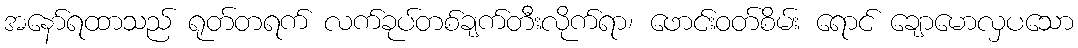
အနော်ရထာသည် ရုတ်တရက် လက်ခုပ်တစ်ချက်တီးလိုက်ရာ၊ ဖောင်းဝတ်စိမ်း ရောင် ချောမောလှပသော